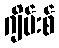
ဂျိမ်းစ်